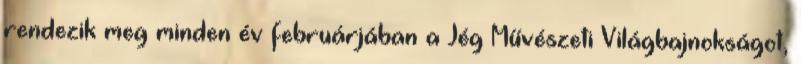
rendezik meg minden év februárjában a Jég Művészeti Világbajnokságot,